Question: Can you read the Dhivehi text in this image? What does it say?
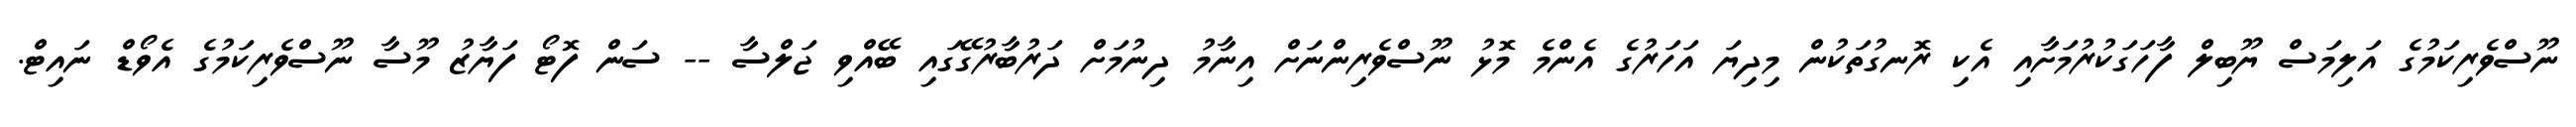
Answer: ނޫސްވެރިކަމުގެ އަލިމަސް ޔޫބިލް ފާހަގަކުރުމަށާއި އެކި ރޮނގުތަކުން މިދިޔަ އަހަރުގެ އެންމެ މޮޅު ނޫސްވެރިންނަށް އިނާމު ދިނުމަށް ދަރުބާރުގޭގައި ބޭއްވި ޖަލްސާ -- ސަން ފޮޓޯ ފަޔާޒު މޫސާ ނޫސްވެރިކަމުގެ އެވޯޑް ނައިޓް.